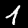
Digit: 1